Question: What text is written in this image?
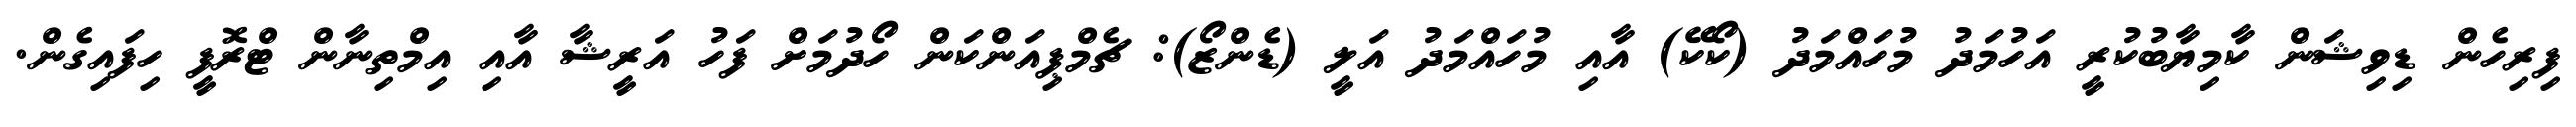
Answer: ފިރިހެން ޑިވިޝަން ކާމިޔާބުކުރީ އަހުމަދު މުހައްމަދު (ކޯކޭ) އާއި މުހައްމަދު އަލީ (ޑެންޒޯ): ޗެމްޕިއަންކަން ހޯދުމަށް ފަހު އަރީޝާ އާއި އިމްތިނާން ޓްރޮފީ ހިފައިގެން.